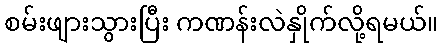
စမ်းဖျားသွားပြီး ကဏန်းလဲနှိုက်လို့ရမယ်။